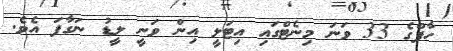
ހާފްގެ 33 ވަނަ މިނެޓްގައި އިޓަލީ އިން ވަނީ ލީޑު ނަގާފަ އެވެ.